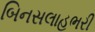
બિનસલાહભરી